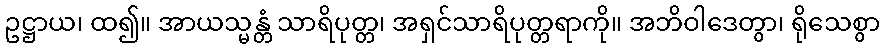
ဥဋ္ဌာယ၊ ထ၍။ အာယသ္မန္တံ သာရိပုတ္တ၊ အရှင်သာရိပုတ္တရာကို။ အဘိဝါဒေတွာ၊ ရိုသေစွာ